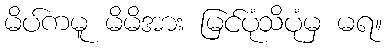
မိပ်ကမူ မိမိအား မြင်ပုံသိပုံမှ မရ။